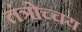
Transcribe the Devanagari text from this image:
तंत्रोच्चय